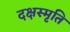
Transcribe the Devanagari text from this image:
दक्षस्मृति